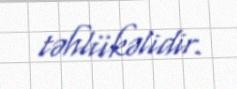
təhlükəlidir.